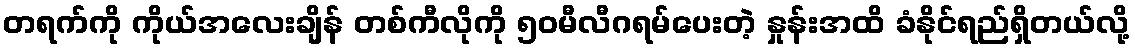
တရက်ကို ကိုယ်အလေးချိန် တစ်ကီလိုကို ၅၀မီလီဂရမ်ပေးတဲ့ နှုန်းအထိ ခံနိုင်ရည်ရှိတယ်လို့